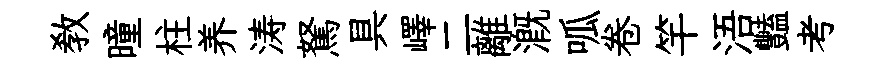
敎曈柱养涛駑具嶧二離溉呱卷竿浯豔考